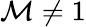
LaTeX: \mathcal{M}\neq1